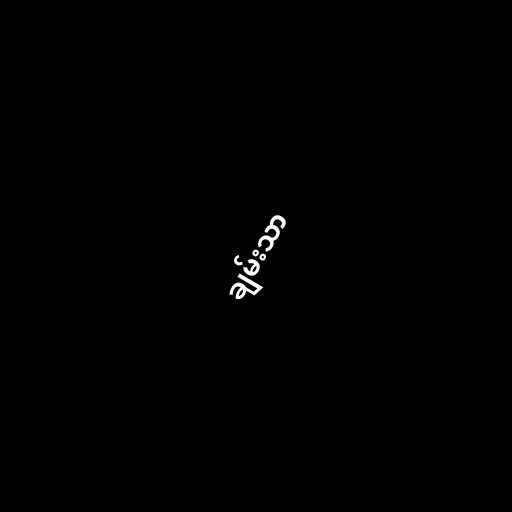
ချမ်းသာ